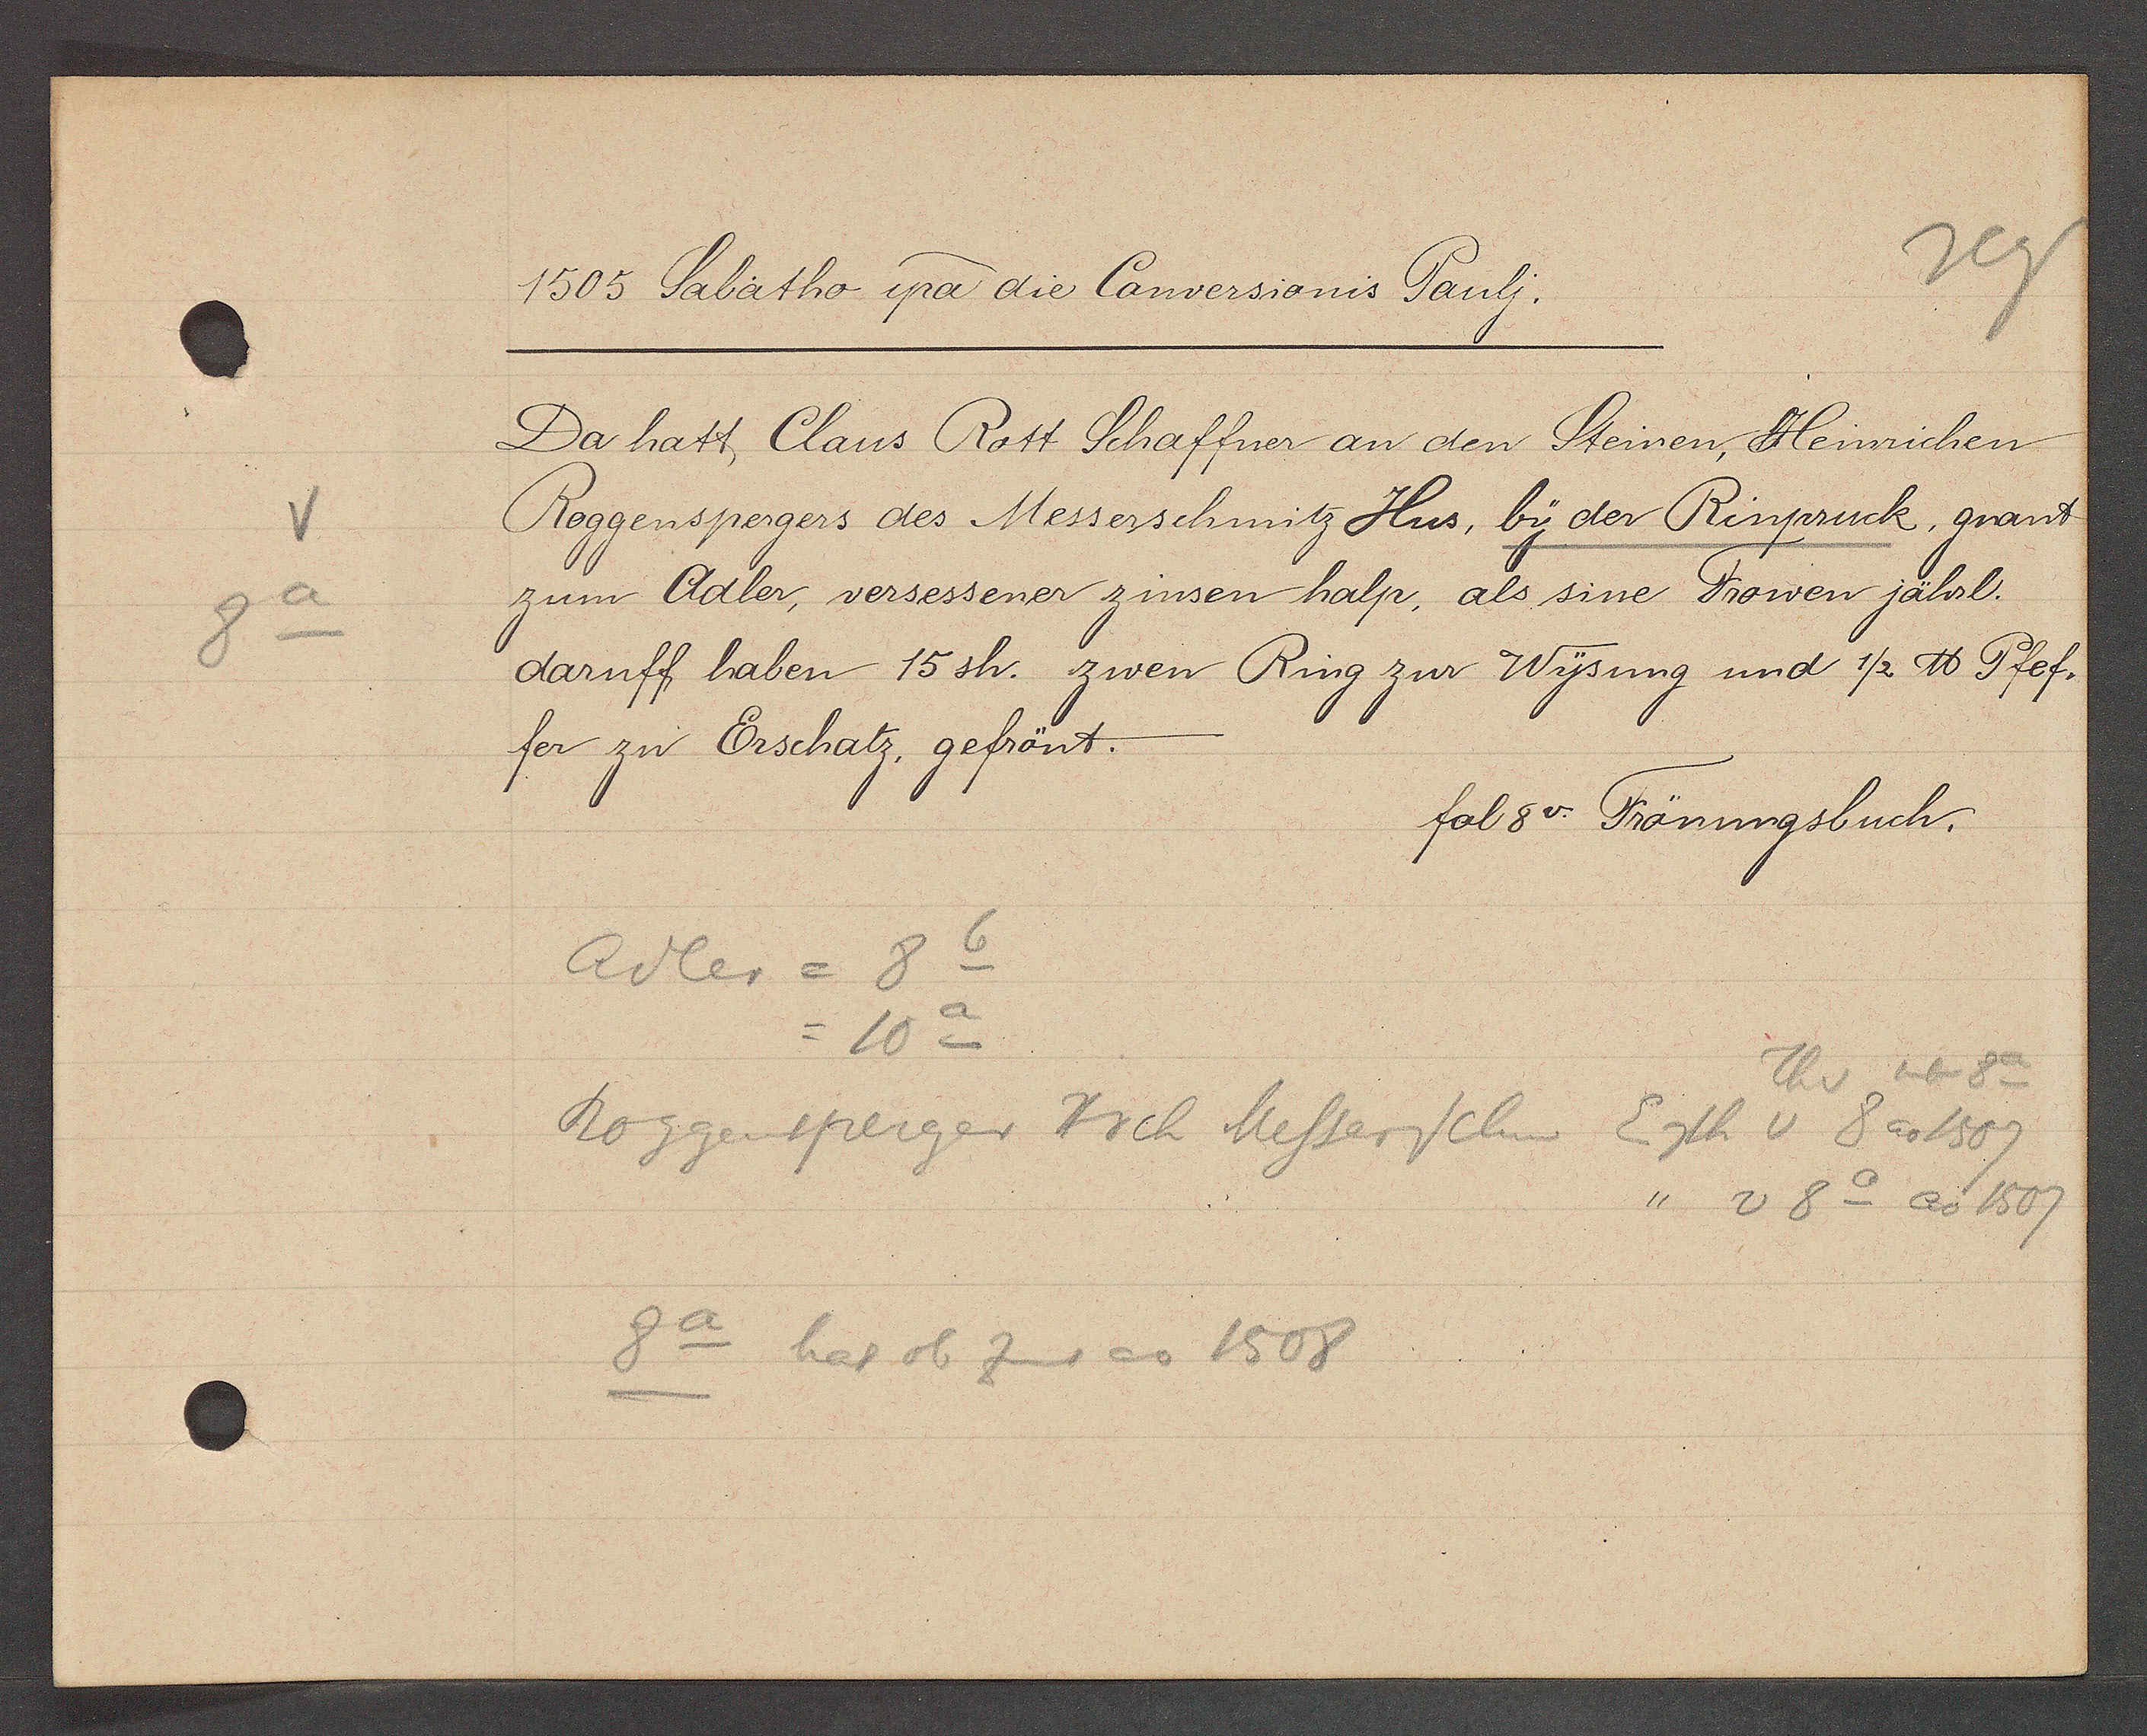
Transcript:
8a

1505 Sabatho ipa die Conversionis Paulj.

Da hatt Claus Rott Schaffner an den Steinen, Heinrichen
Roggenspergers des Messerschmitz Hus, by der Rinpruck, gnant
zum Aaler, versessener zinsen halp, als sine Frowen jährl.
daruff haben 15sh. zwen Ring zur Wysung und 1/2 ℔ Pfef¬
fer zu Erschatz, gefrönt.

fol 8v. Frönungsbuch.

Adler = 8 6
= 10a
Th v neben 8a
Roggensperger Hrch Messerschm Eigth v 8 ao 1507
v 8 o ao 1507
8a hat ob Zins ao 1508